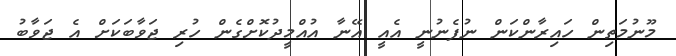
މޫނުމަތިން ހައިރާންކަން ނުފެނުނީ އެއީ އޭނާ އުއްމީދުކޮށްގެން ހުރި ޖަވާބަކަށް އެ ޖަވާބު